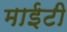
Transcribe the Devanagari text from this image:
माईटी